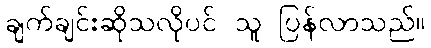
ချက်ချင်းဆိုသလိုပင် သူ ပြန်လာသည်။